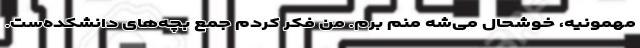
مهمونیه، خوشحال می‌شه منم برم. من فکر کردم جمع بچه‌های دانشکده‌ست.